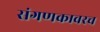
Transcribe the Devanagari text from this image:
संगणकावरच